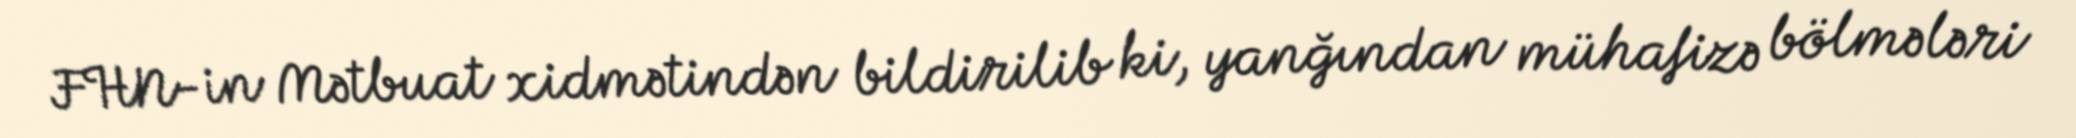
FHN-in Mətbuat xidmətindən bildirilib ki, yanğından mühafizə bölmələri